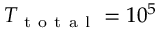
{ T _ { \mathrm { ~ t ~ o ~ t ~ a ~ l ~ } } } = 1 0 ^ { 5 }